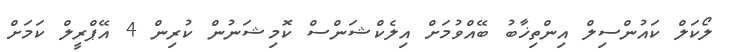
ލޯކަލް ކައުންސިލް އިންތިޚާބު ބޭއްވުމަށް އިލެކްޝަންސް ކޮމިޝަނުން ކުރިން 4 އޭޕްރީލް ކަމަށް